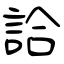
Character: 詥